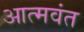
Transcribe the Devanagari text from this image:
आत्मवंत